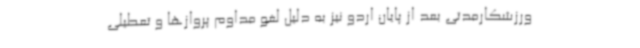
ورزشکارمدتی بعد از پایان اردو نیز به دلیل لغو مداوم پروازها و تعطیلی